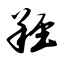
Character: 羟